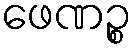
ဖေဏဉ္စ